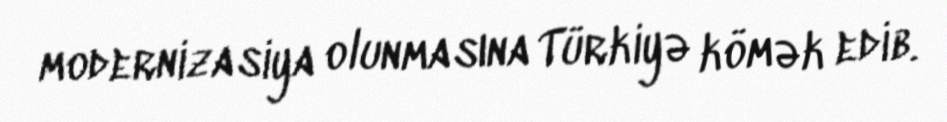
modernizasiya olunmasına Türkiyə kömək edib.